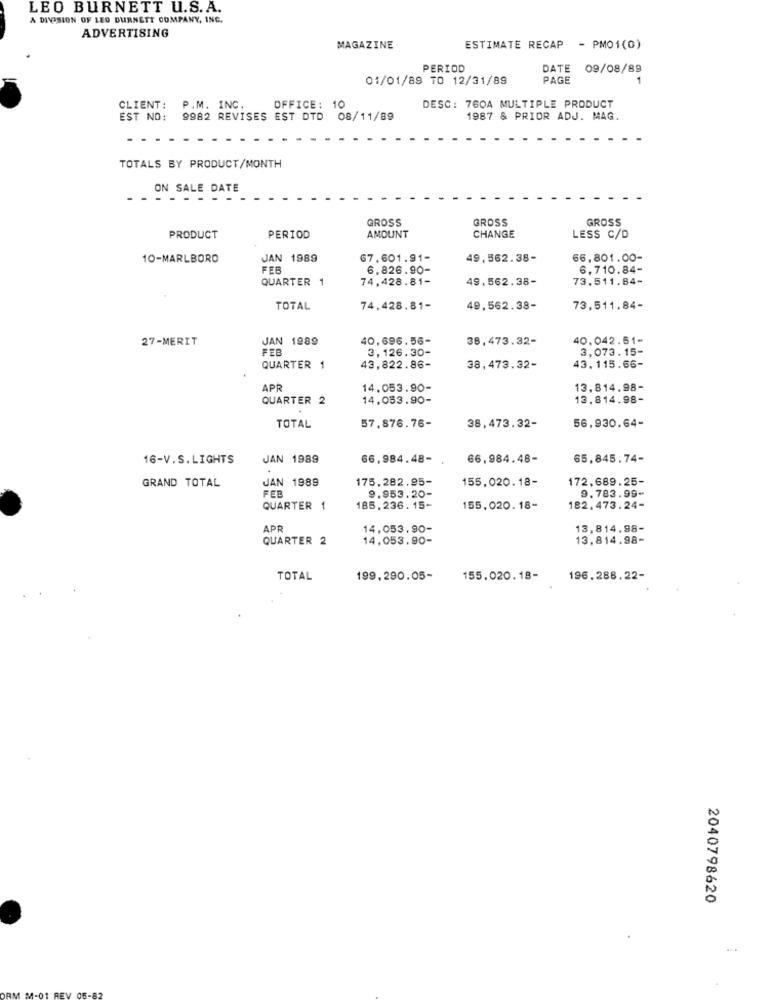
LEO BURNETT U.S. A.
A DIVISION OF LEO BURNETT COMPANY, INC.
ADVERTISING
MAGAZINE
ESTIMATE RECAP - PMO1(0)
PERIOD
DATE
09/08/89
01/01/89 TO 12/31/89
PAGE
1
CLIENT: P.M. INC.
OFFICE: 10
DESC: 760A MULTIPLE PRODUCT
EST NO:
9982 REVISES EST DTD 08/11/89
1987 & PRIOR ADJ. MAG.
TOTALS BY PRODUCT/MONTH
ON SALE DATE
GROSS
GROSS
GROSS
PRODUCT
PERIOD
AMOUNT
CHANGE
LESS C/D
10-MARLBORO
JAN 1989
67,601.91-
49,562.38-
66,801.00-
FEB
6.826.90-
6,710.84-
QUARTER 1
74,428.81-
49.562.38-
73.511.84-
TOTAL
74,428.81-
49,562.38-
73,511.84-
27-MERIT
JAN 1989
40,696.56-
38,473.32-
40.042.51-
FEB
3.126.30-
3,073.15-
QUARTER 1
43,822.86-
38,473.32-
43. 115.66-
APR
14.053.90-
13,814.98-
QUARTER 2
14.053.90-
13.814.98-
57.876.76-
56,930.64-
TOTAL
38,473.32-
16-V.S. LIGHTS
JAN 1989
66,984.48-
66,984.48-
65,845.74-
GRAND TOTAL
JAN 1989
175, 282.95-
155,020.18-
172,689.25-
FEB
9.953.20-
9.783.99-
QUARTER 1
185.236. 15-
155.020. 18-
182.473.24-
APR
14,053.90-
13,814.98-
QUARTER 2
14,053.90-
13.814.98-
TOTAL
199,290.05-
155.020.18-
196.288.22-
2040798620